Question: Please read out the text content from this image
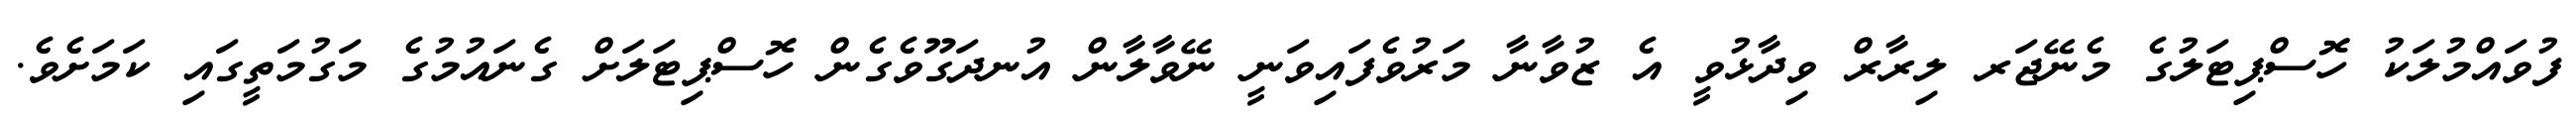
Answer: ފުވައްމުލަކު ހޮސްޕިޓަލުގެ މެނޭޖަރ ލިރާރް ވިދާޅުވީ އެ ޒުވާނާ މަރުވެފައިވަނީ ނޭވާލާން އުނދަގޫވެގެން ހޮސްޕިޓަލަށް ގެނައުމުގެ މަގުމަތީގައި ކަމަށެވެ.